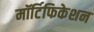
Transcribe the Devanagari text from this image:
मॉर्टिफिकेशन